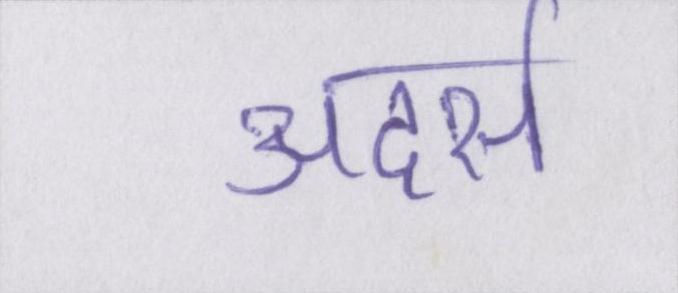
अदर्स